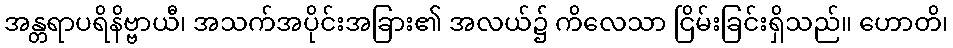
အန္တရာပရိနိဗ္ဗာယီ၊ အသက်အပိုင်းအခြား၏ အလယ်၌ ကိလေသာ ငြိမ်းခြင်းရှိသည်။ ဟောတိ၊